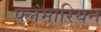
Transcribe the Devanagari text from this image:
फ्लंमारियन